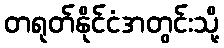
တရုတ်နိုင်ငံအတွင်းသို့